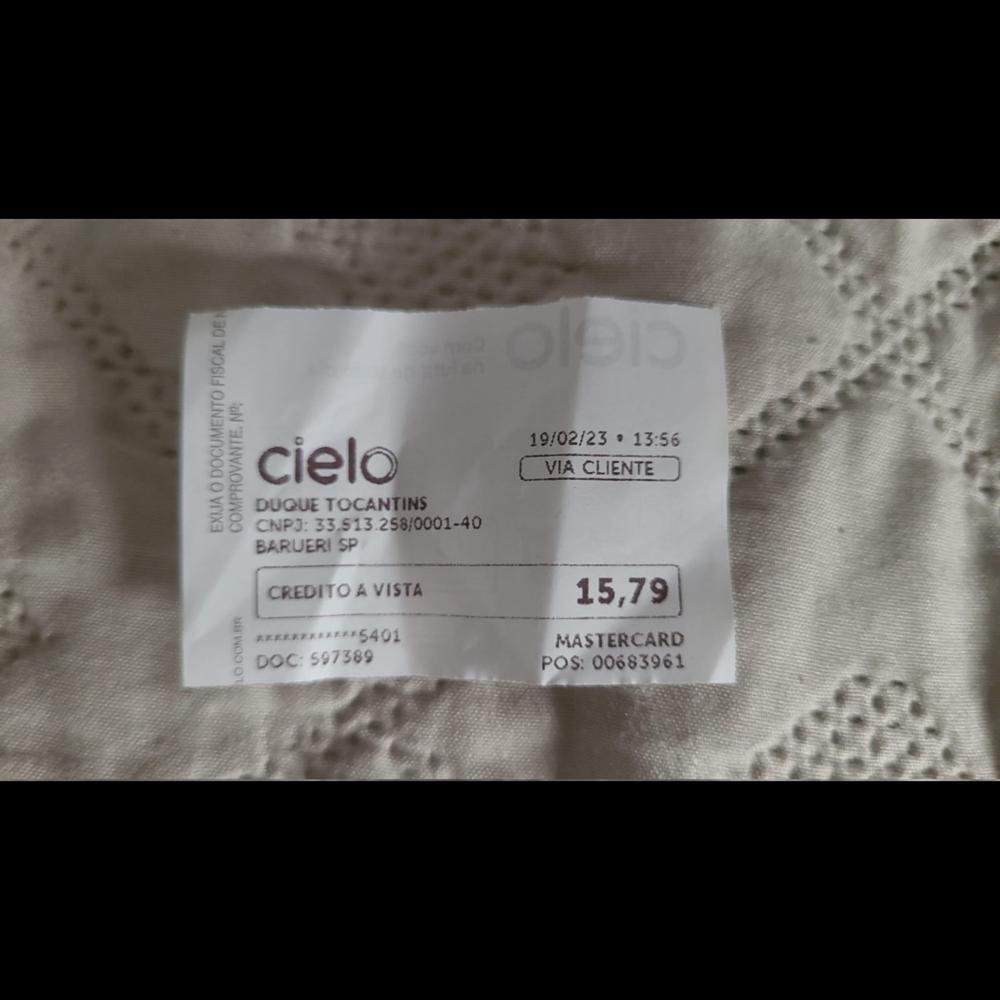
19/02/23 . 13:56 VIA CLIENTE cielo DUQUE TOCANTINS CNPJ: 33.513.258/0001-40 BARUERI SP CREDITO A VISTA ******5401 DOC: 597389 15,79 MASTERCARD POS: 00683961